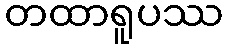
တထာရူပဿ